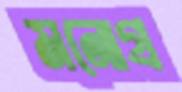
মনোগ্র